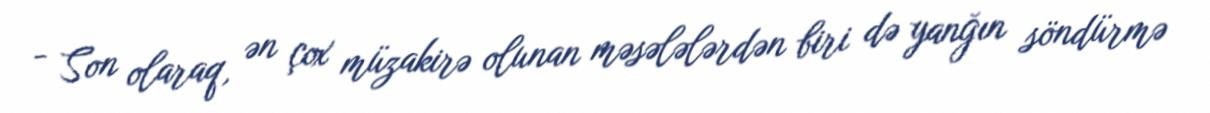
- Son olaraq, ən çox müzakirə olunan məsələlərdən biri də yanğın söndürmə